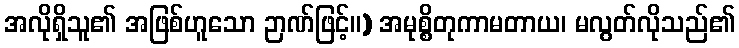
အလိုရှိသူ၏ အဖြစ်ဟူသော ဉာဏ်ဖြင့်။) အမုစ္စိတုကာမတာယ၊ မလွတ်လိုသည်၏